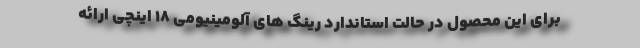
برای این محصول در حالت استاندارد رینگ های آلومینیومی 18 اینچی ارائه